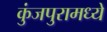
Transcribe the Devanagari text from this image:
कुंजपुरामध्ये